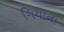
ગિયાના